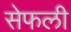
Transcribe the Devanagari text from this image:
सेफली